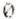
0